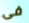
فى